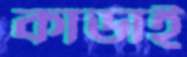
কাডাই